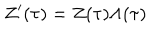
LaTeX: Z ^ { \prime } ( \tau ) = Z ( \tau ) \Lambda ( \tau )